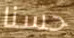
حسنا